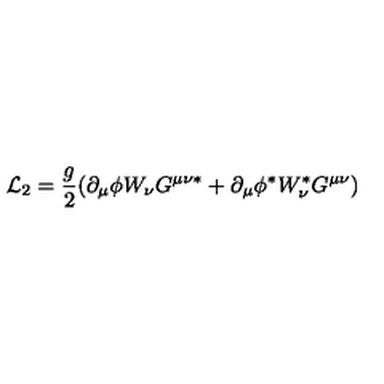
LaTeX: { \cal L } _ { 2 } = \frac { g } { 2 } ( \partial _ { \mu } \phi W _ { \nu } G ^ { \mu \nu \ast } + \partial _ { \mu } \phi ^ { \ast } W _ { \nu } ^ { \ast } G ^ { \mu \nu } )